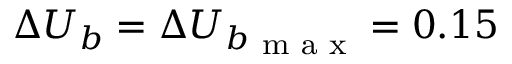
\Delta U _ { b } = \Delta { U _ { b } } _ { \textnormal { m a x } } = 0 . 1 5